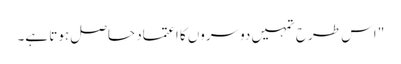
" اس طرح تمہیں دوسروں کا اعتماد حاصل ہوتا ہے۔